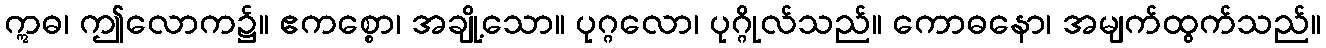
ဣဓ၊ ဤလောက၌။ ဧကစ္စော၊ အချို့သော။ ပုဂ္ဂလော၊ ပုဂ္ဂိုလ်သည်။ ကောဓနော၊ အမျက်ထွက်သည်။